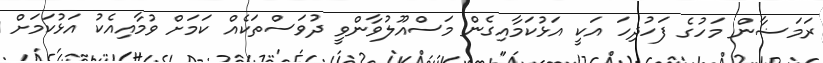
ރަމަޟާން މަހުގެ ފަހުދިހަ އަކީ އަޅުކަމާއިގެން މަސްއޫލުވާންވީ ދުވަސްތަކެއް ކަމަށް ވުމާއިއެކު އަޅުކަމަށް